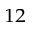
^ { 1 2 }